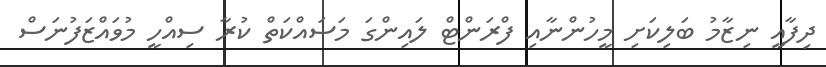
ދިފާއީ ނިޒާމު ބަލިކަށި މީހުންނާއި ފްރަންޓް ލައިންގަ މަސައްކަތް ކުރާ ސިއްހީ މުވައްޒަފުނަސް